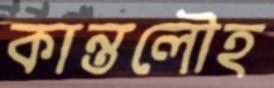
কান্তলৌহ